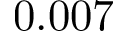
0 . 0 0 7